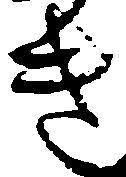
き